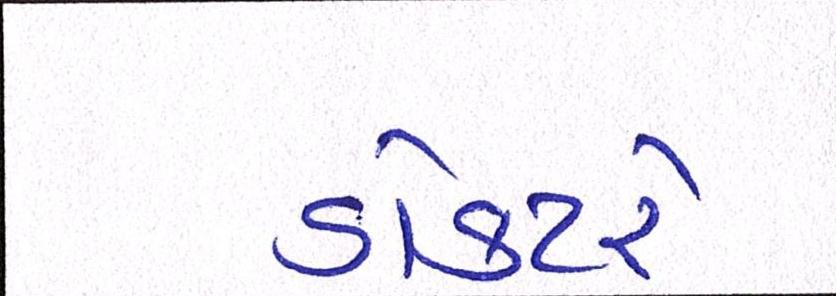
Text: ડોક્ટરે